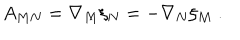
A _ { M N } = \nabla _ { M } \xi _ { N } = - \nabla _ { N } \xi _ { M } ~ .